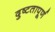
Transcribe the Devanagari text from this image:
दुष्टतापूर्ण